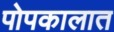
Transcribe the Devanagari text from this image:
पोपकालात